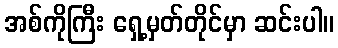
အစ်ကိုကြီး ရှေ့မှတ်တိုင်မှာ ဆင်းပါ။